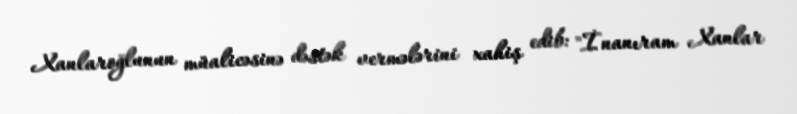
Xanlaroğlunun müalicəsinə dəstək vermələrini xahiş edib: "İnanıram Xanlar